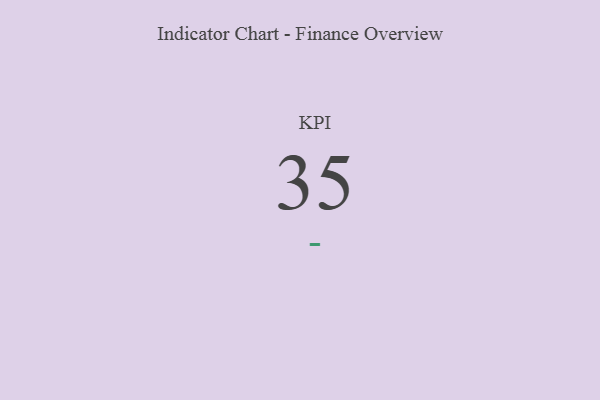
{"axis": {"x": "KPI", "y": "Value"}, "legend": [""], "data": [{"x": "KPI", "y": 35, "type": ""}]}